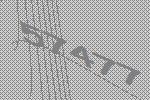
57477